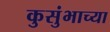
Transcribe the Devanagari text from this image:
कुसुंभाच्या